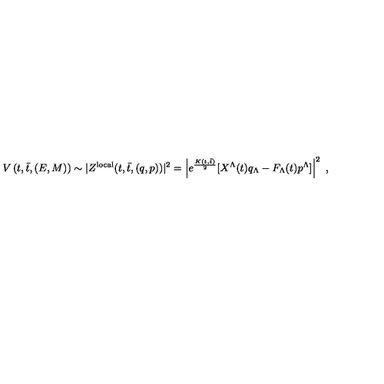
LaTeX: V \left( t , \bar { t } , ( E , M ) \right) \sim | Z ^ { \mathrm { l o c a l } } ( t , \bar { t } , ( q , p ) ) | ^ { 2 } = \left| e ^ { \frac { K ( t , \bar { t } ) } { 2 } } [ X ^ { \Lambda } ( t ) q _ { \Lambda } - F _ { \Lambda } ( t ) p ^ { \Lambda } ] \right| ^ { 2 } \ ,